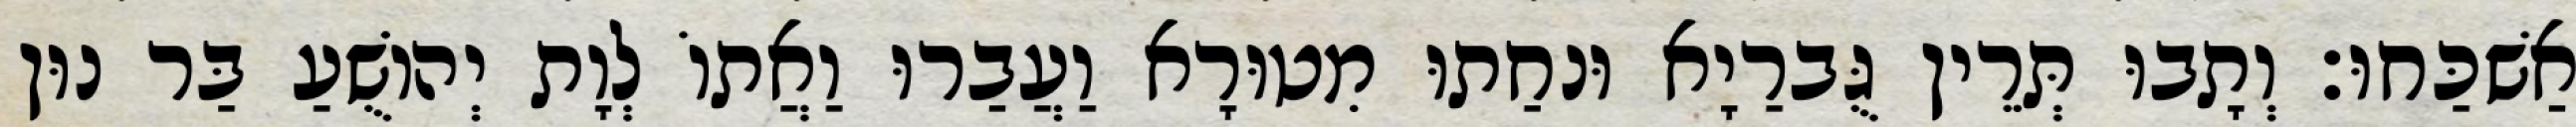
אַשׁכַּחוּ׃ וְתָבוּ תְּרֵין גֻּברַיָא וּנחַתוּ מִטוּרָא וַעֲבַרוּ וַאֲתוֹ לְוָת יְהוֹשֻׁעַ בַּר נוּן